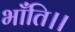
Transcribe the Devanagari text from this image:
भाँति।।